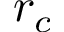
r _ { c }